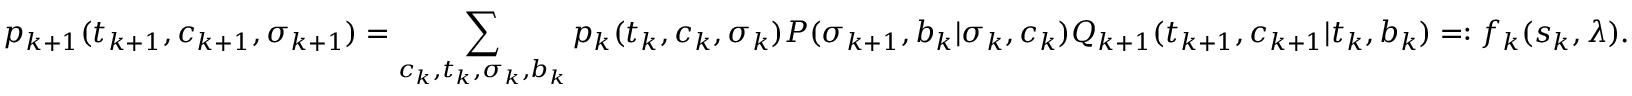
p _ { k + 1 } ( t _ { k + 1 } , c _ { k + 1 } , \sigma _ { k + 1 } ) = \sum _ { c _ { k } , t _ { k } , \sigma _ { k } , b _ { k } } p _ { k } ( t _ { k } , c _ { k } , \sigma _ { k } ) P ( \sigma _ { k + 1 } , b _ { k } | \sigma _ { k } , c _ { k } ) Q _ { k + 1 } ( t _ { k + 1 } , c _ { k + 1 } | t _ { k } , b _ { k } ) = : f _ { k } ( s _ { k } , \lambda ) .